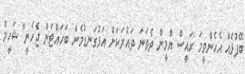
ބޭފުޅެއް އެހެންވީމަ ރައީސް ޔާމީން ދެވަނަ ދައުރަކަށް އަޅުގަނޑުމެން ބަހައްޓަން ޖެހެނީ" ޝަހީމް